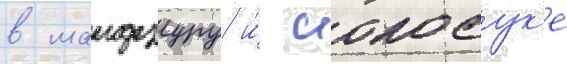
в маидзуру и́ иокосук'е